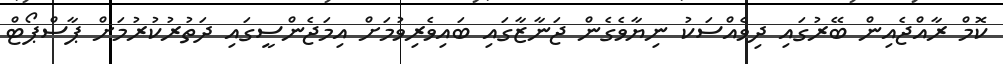
ކޮމް ރާއްޖެއިން ބޭރުގައި ދިވެއްސަކު ނިޔާވެގެން ޖަނާޒާގައި ބައިވެރިވުމަށް އިމަޖެންސީގައި ދަތުރުކުރުމަށް ޕާސްޕޯޓް